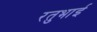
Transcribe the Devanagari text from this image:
रतुभाई